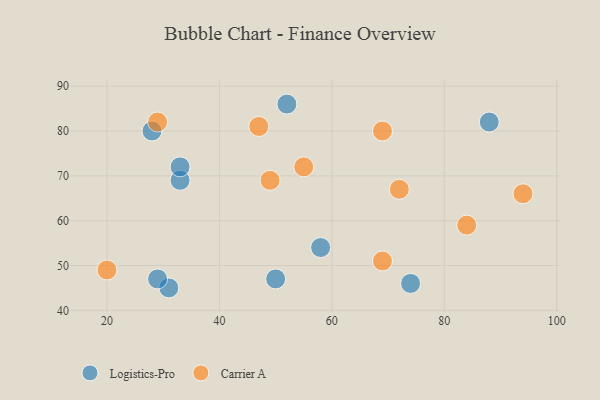
{"axis": {"x": "GDP", "y": "Life Expectancy"}, "legend": ["Carrier A", "Logistics-Pro"], "data": [{"x": "50", "y": 47, "type": "Logistics-Pro"}, {"x": "33", "y": 69, "type": "Logistics-Pro"}, {"x": "88", "y": 82, "type": "Logistics-Pro"}, {"x": "52", "y": 86, "type": "Logistics-Pro"}, {"x": "33", "y": 72, "type": "Logistics-Pro"}, {"x": "31", "y": 45, "type": "Logistics-Pro"}, {"x": "58", "y": 54, "type": "Logistics-Pro"}, {"x": "74", "y": 46, "type": "Logistics-Pro"}, {"x": "29", "y": 47, "type": "Logistics-Pro"}, {"x": "28", "y": 80, "type": "Logistics-Pro"}, {"x": "55", "y": 72, "type": "Carrier A"}, {"x": "69", "y": 51, "type": "Carrier A"}, {"x": "94", "y": 66, "type": "Carrier A"}, {"x": "20", "y": 49, "type": "Carrier A"}, {"x": "84", "y": 59, "type": "Carrier A"}, {"x": "29", "y": 82, "type": "Carrier A"}, {"x": "69", "y": 80, "type": "Carrier A"}, {"x": "49", "y": 69, "type": "Carrier A"}, {"x": "72", "y": 67, "type": "Carrier A"}, {"x": "47", "y": 81, "type": "Carrier A"}]}